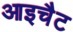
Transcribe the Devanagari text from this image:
आइचैट